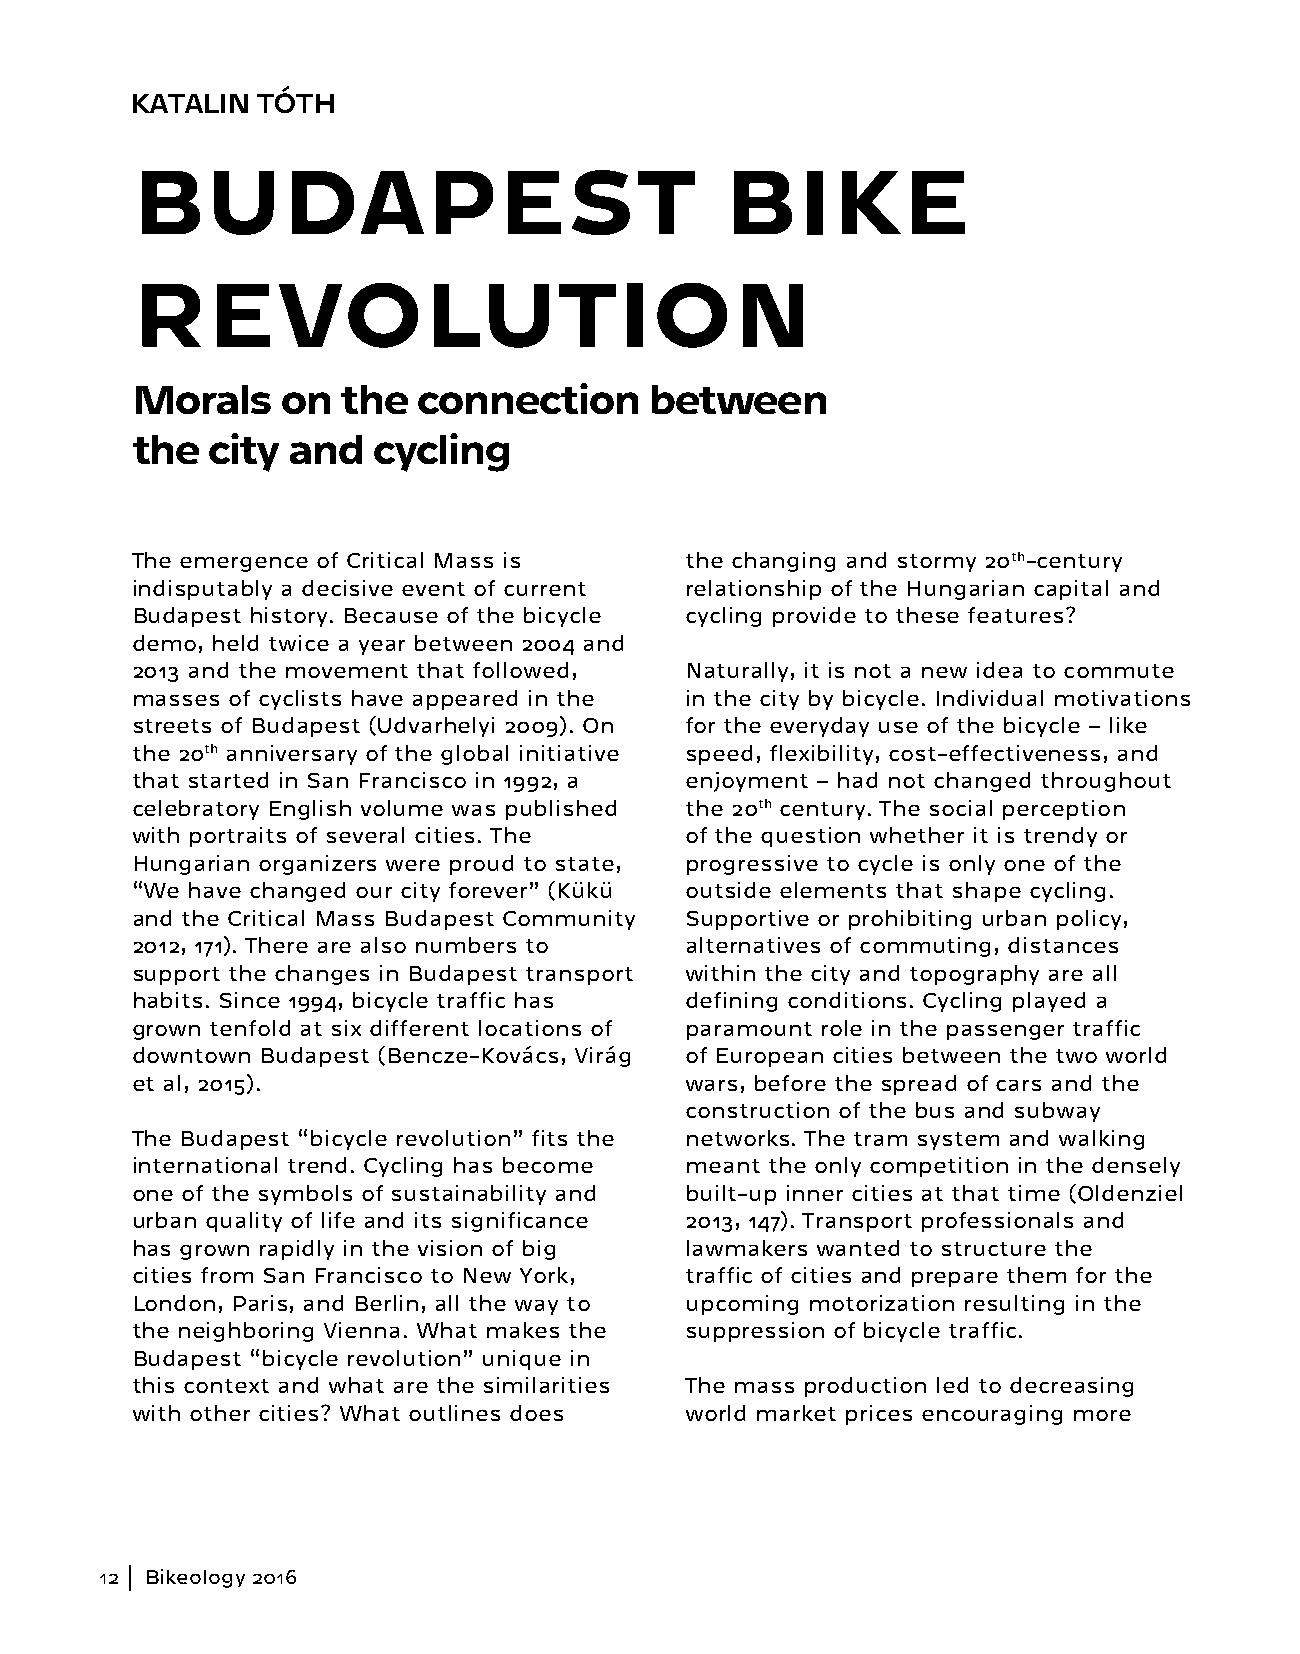
KATALIN TÓTH
 BUDAPEST                               BIKE
 REVOLUTION
 Morals    on  the  connection     between
 the  city and   cycling
 The emergence of Critical Mass is   the changing and stormy 20th-century
 indisputably a decisive event of current relationship of the Hungarian capital and
 Budapest history. Because of the bicycle cycling provide to these features?
 demo, held twice a year between 2004 and
 2013 and the movement that followed, Naturally, it is not a new idea to commute
 masses of cyclists have appeared in the in the city by bicycle. Individual motivations
 streets of Budapest (Udvarhelyi 2009). On for the everyday use of the bicycle – like
 the 20th anniversary of the global initiative speed, flexibility, cost-effectiveness, and
 that started in San Francisco in 1992, a enjoyment – had not changed throughout
 celebratory English volume was published the 20th century. The social perception
 with portraits of several cities. The of the question whether it is trendy or
 Hungarian organizers were proud to state, progressive to cycle is only one of the
 “We have changed our city forever” (Kükü outside elements that shape cycling.
 and the Critical Mass Budapest Community Supportive or prohibiting urban policy,
 2012, 171). There are also numbers to alternatives of commuting, distances
 support the changes in Budapest transport within the city and topography are all
 habits. Since 1994, bicycle traffic has defining conditions. Cycling played a
 grown tenfold at six different locations of paramount role in the passenger traffic
 downtown Budapest (Bencze-Kovács, Virág of European cities between the two world
 et al, 2015).                       wars, before the spread of cars and the
 construction of the bus and subway
 The Budapest “bicycle revolution” fits the networks. The tram system and walking
 international trend. Cycling has become meant the only competition in the densely
 one of the symbols of sustainability and built-up inner cities at that time (Oldenziel
 urban quality of life and its significance 2013, 147). Transport professionals and
 has grown rapidly in the vision of big lawmakers wanted to structure the
 cities from San Francisco to New York, traffic of cities and prepare them for the
 London, Paris, and Berlin, all the way to upcoming motorization resulting in the
 the neighboring Vienna. What makes the suppression of bicycle traffic.
 Budapest “bicycle revolution” unique in
 this context and what are the similarities The mass production led to decreasing
 with other cities? What outlines does world market prices encouraging more
 12 Bikeology 2016